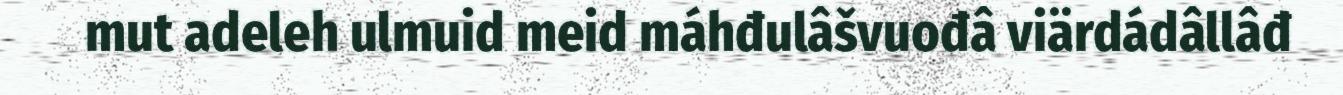
mut adeleh ulmuid meid máhđulâšvuođâ viärdádâllâđ